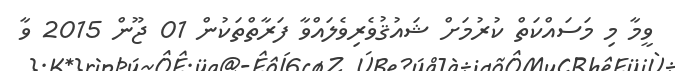
ވީމާ މި މަސައްކަތް ކުރުމަށް ޝައުޤުވެރިވެލައްވާ ފަރާތްތަކުން 01 ޖޫން 2015 ވާ